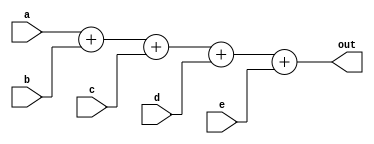
module add5(out, a, b, c, d, e);

	input  [31:0] a, b, c, d, e;
	output [31:0] out;

	assign out = a + b + c + d + e;

endmodule